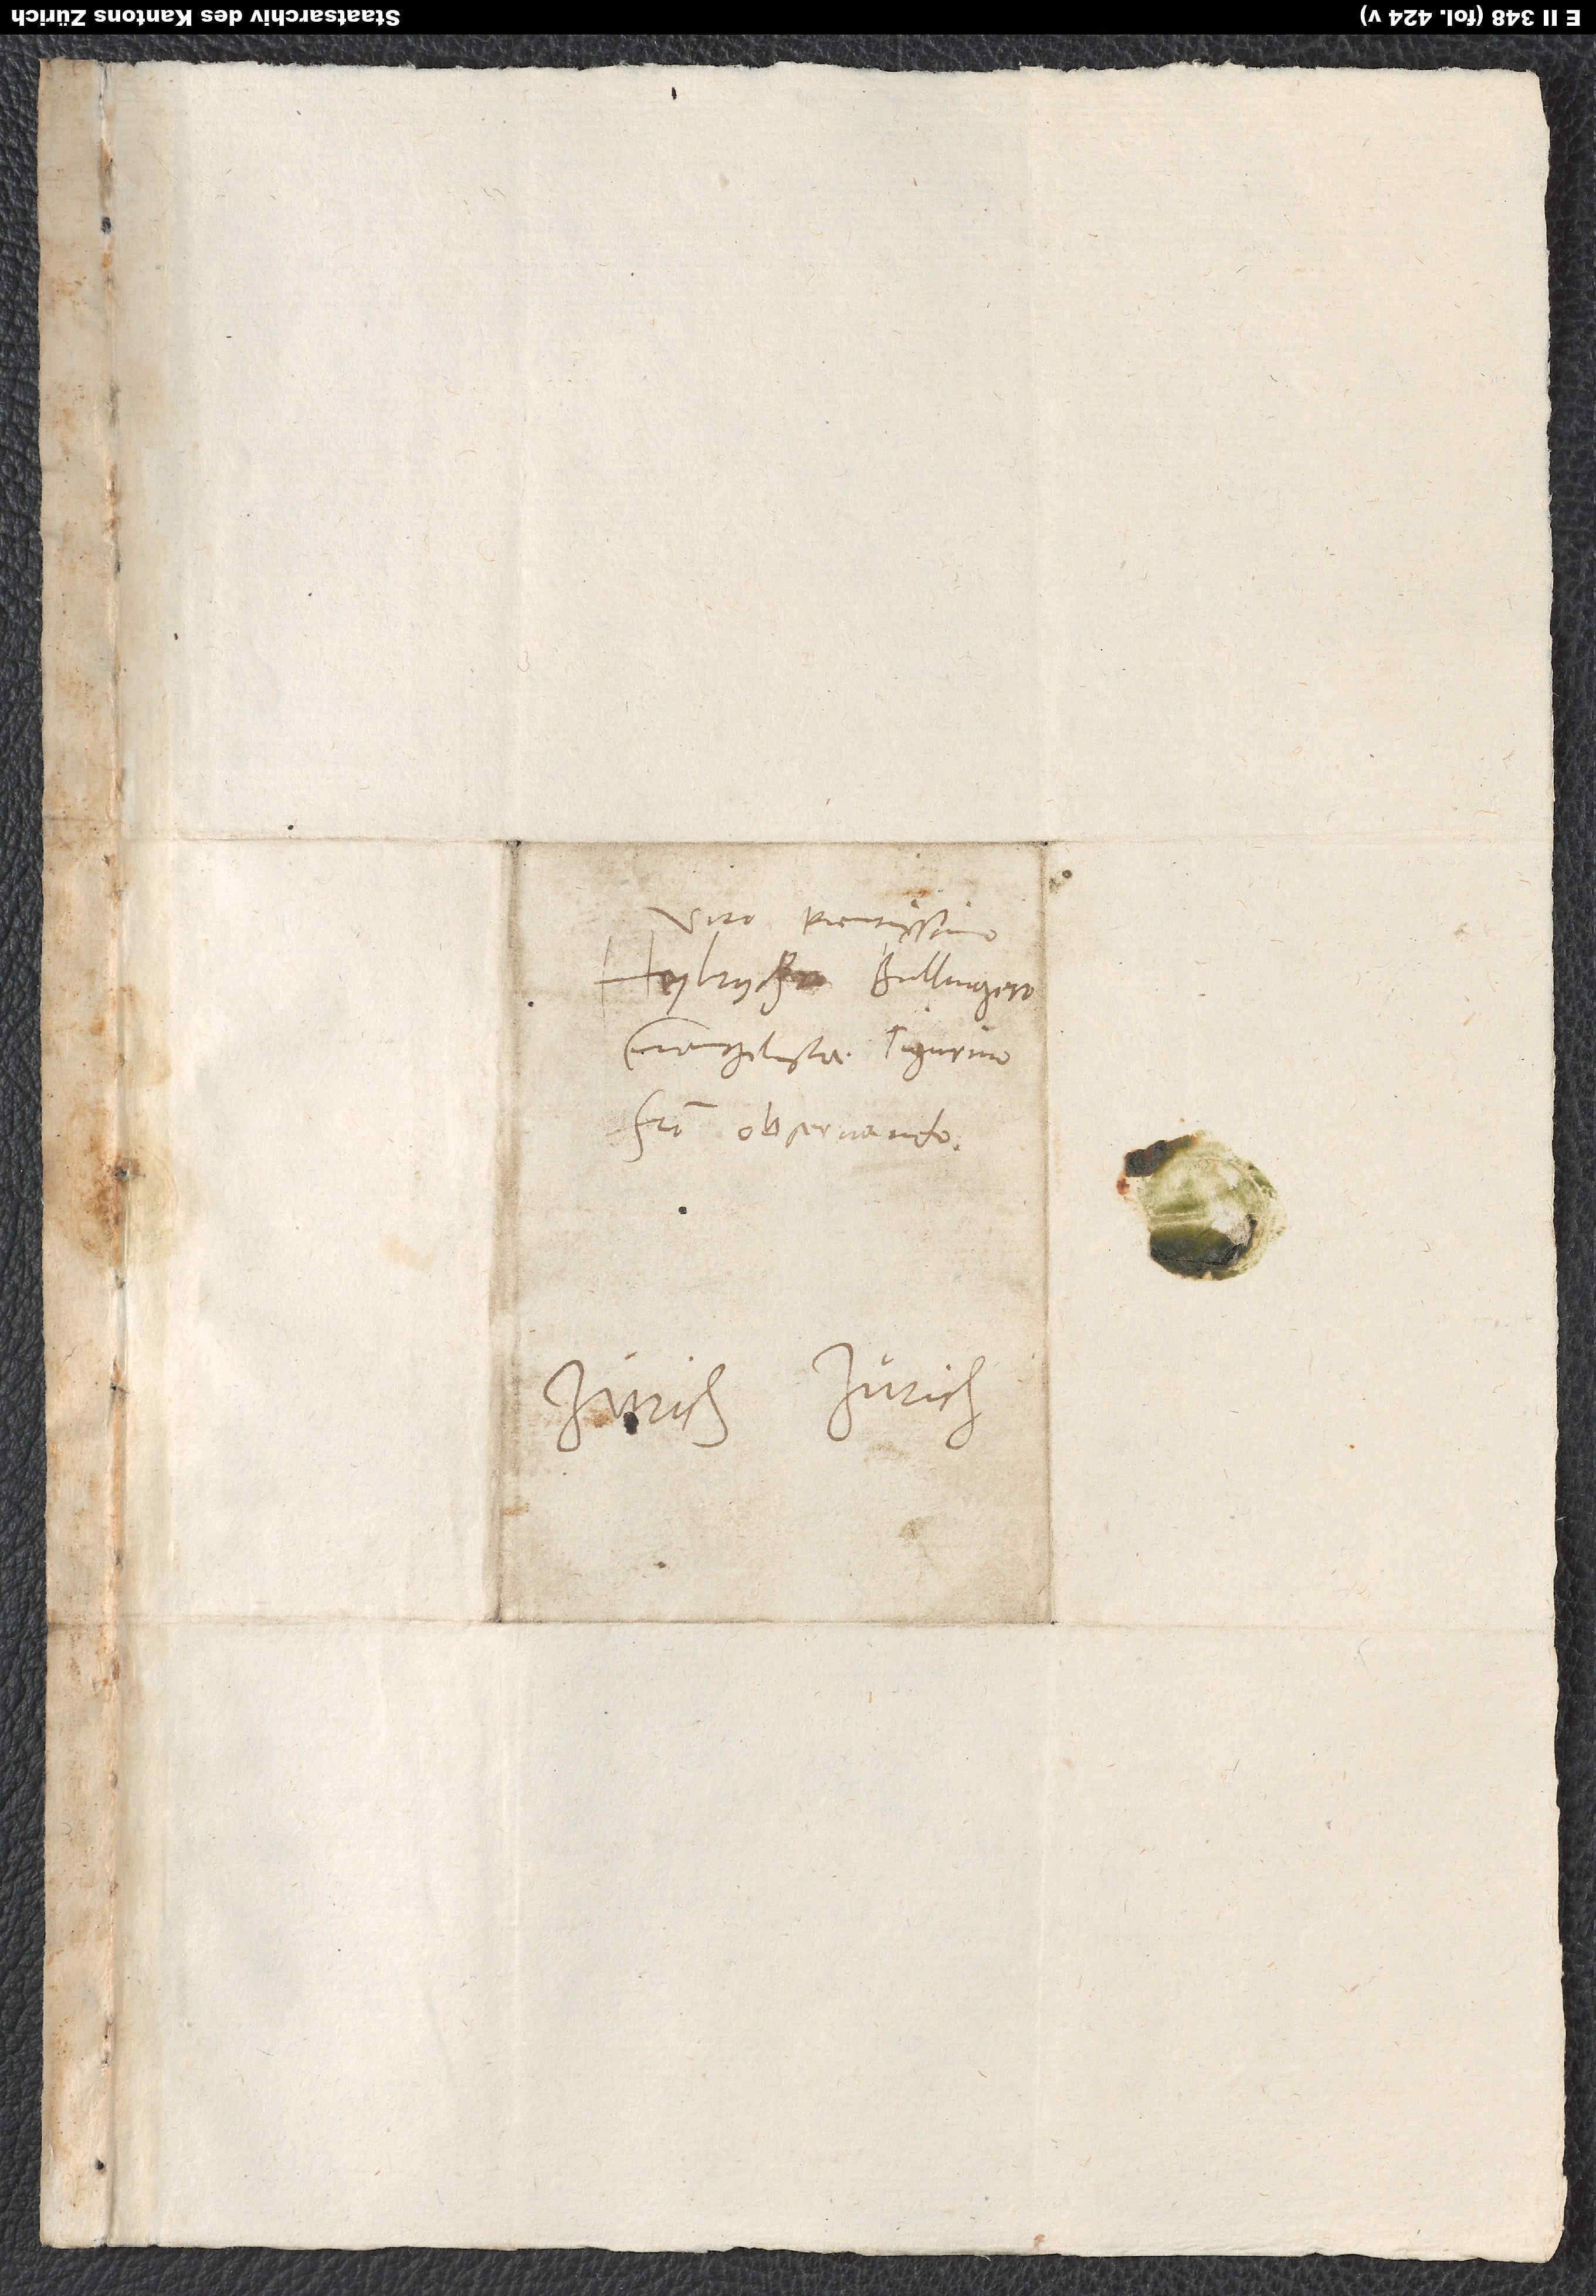
Viro pientissimo
Heylrycho Bullingero,
evangelistae Tigurino,
fratri observando.
Zürich.